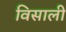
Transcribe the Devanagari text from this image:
विसाली